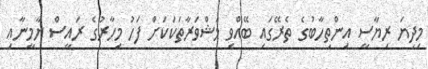
މިދިޔަ ރިޔާސީ އިންތިހާބުގެ ތެރޭގައި ބޭއްވި މަޝްވަރާތަކަކަށް ފަހު މިހާރުގެ ރައީސް ޔާމީނާއި